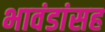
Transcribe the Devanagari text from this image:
भावंडांसह